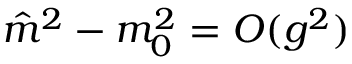
{ \hat { m } } ^ { 2 } - m _ { 0 } ^ { 2 } = O ( g ^ { 2 } )